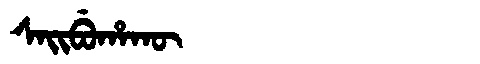
Manchu: ᠰᠠᡳᠪᡠᡥᠠᡴᡡ
Romanization: SAIBUHAKŪ